Mental hospitals Bombay report 1929-33 - 1929-1933
Year: 1929
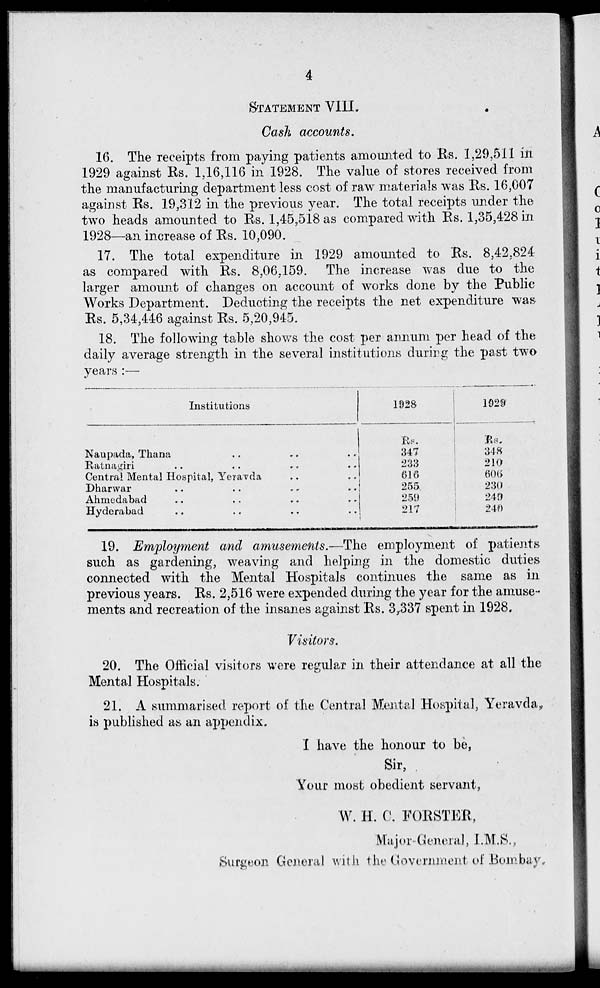
4
STATEMENT VIII.
Cash accounts.
16. The receipts from paying patients amounted to Rs. 1,29,511 in
1929 against Rs. 1,16,116 in 1928. The value of stores received from
the manufacturing department less cost of raw materials was Rs. 16,007
against Rs. 19,312 in the previous year. The total receipts under the
two heads amounted to Rs. 1,45,518 as compared with Rs. 1,35,428 in
1928—an increase of Rs. 10,090.
17. The total expenditure in 1929 amounted to Rs. 8,42,824
as compared with Rs. 8,06,159. The increase was due to the
larger amount of changes on account of works done by the Public
Works Department. Deducting the receipts the net expenditure was
Rs. 5,34,446 against Rs. 5,20,945.
18. The following table shows the cost per annum per head of the
daily average strength in the several institutions during the past two
years:—
Institutions
Naupada, Thana .. .. ..
Ratnagiri .. .. .. ..
Central Mental Hospital, Yeravda
Dharwar .. .. .. ..
Ahmedabad .. .. .. ..
Hyderabad .. .. .. ..
1928
Rs.
347
233
616
255
259
217
1929
Rs.
348
210
606
230
249
240
19. Employment and amusements,—The employment of patients
such as gardening, weaving and helping in the domestic duties
connected with the Mental Hospitals continues the same as in
previous years. Rs. 2,516 were expended during the year for the amuse-
ments and recreation of the insanes against Rs. 3,337 spent in 1928.
Visitors.
20. The Official visitors were regular in their attendance at all the
Mental Hospitals.
21. A summarised report of the Central Mental Hospital, Yeravda,
is published as an appendix.
I have the honour to be,
Sir,
Your most obedient servant,
W. H. C. FORSTER,
Major-General, I.M.S.,
Surgeon General with the Government of Bombay.